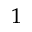
^ 1